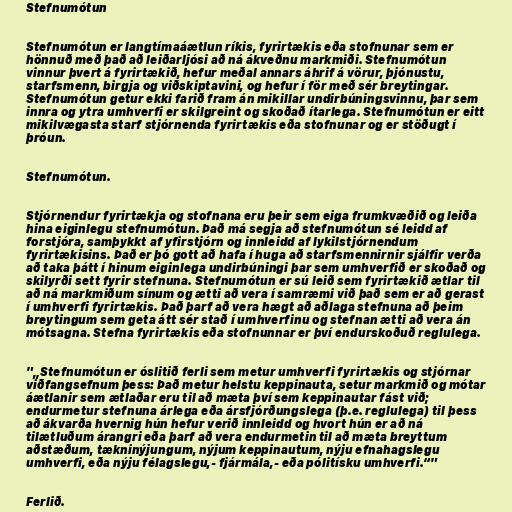
Stefnumótun

Stefnumótun er langtímaáætlun ríkis, fyrirtækis eða stofnunar sem er
hönnuð með það að leiðarljósi að ná ákveðnu markmiði. Stefnumótun
vinnur þvert á fyrirtækið, hefur meðal annars áhrif á vörur, þjónustu,
starfsmenn, birgja og viðskiptavini, og hefur í för með sér breytingar.
Stefnumótun getur ekki farið fram án mikillar undirbúningsvinnu, þar sem
innra og ytra umhverfi er skilgreint og skoðað ítarlega. Stefnumótun er eitt
mikilvægasta starf stjórnenda fyrirtækis eða stofnunar og er stöðugt í
þróun.

Stefnumótun.

Stjórnendur fyrirtækja og stofnana eru þeir sem eiga frumkvæðið og leiða
hina eiginlegu stefnumótun. Það má segja að stefnumótun sé leidd af
forstjóra, samþykkt af yfirstjórn og innleidd af lykilstjórnendum
fyrirtækisins. Það er þó gott að hafa í huga að starfsmennirnir sjálfir verða
að taka þátt í hinum eiginlega undirbúningi þar sem umhverfið er skoðað og
skilyrði sett fyrir stefnuna. Stefnumótun er sú leið sem fyrirtækið ætlar til
að ná markmiðum sínum og ætti að vera í samræmi við það sem er að gerast
í umhverfi fyrirtækis. Það þarf að vera hægt að aðlaga stefnuna að þeim
breytingum sem geta átt sér stað í umhverfinu og stefnan ætti að vera án
mótsagna. Stefna fyrirtækis eða stofnunnar er því endurskoðuð reglulega.

"„Stefnumótun er óslitið ferli sem metur umhverfi fyrirtækis og stjórnar
viðfangsefnum þess: Það metur helstu keppinauta, setur markmið og mótar
áætlanir sem ætlaðar eru til að mæta því sem keppinautar fást við;
endurmetur stefnuna árlega eða ársfjórðungslega (þ.e. reglulega) til þess
að ákvarða hvernig hún hefur verið innleidd og hvort hún er að ná
tilætluðum árangri eða þarf að vera endurmetin til að mæta breyttum
aðstæðum, tækninýjungum, nýjum keppinautum, nýju efnahagslegu
umhverfi, eða nýju félagslegu,- fjármála,- eða pólitísku umhverfi.“"

Ferlið.